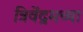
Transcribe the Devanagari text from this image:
त्रिवेंद्रमच्या